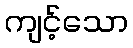
ကျင့်သော